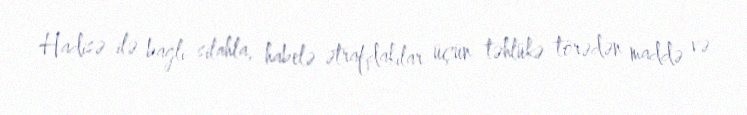
Hadisə ilə bağlı silahla, habelə ətrafdakılar üçün təhlükə törədən maddə və